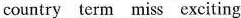
country term miss exciting